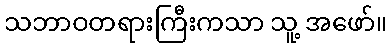
သဘာဝတရားကြီးကသာ သူ့ အဖော်။